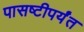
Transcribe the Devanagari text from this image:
पासष्टीपर्यंत